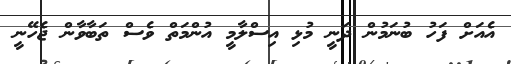
އެއަށް ފަހު ބުނަމުން ދަނީ މުޅި އިސްލާމީ އުންމަތް ވެސް ތަބާވާން ޖެހޭނީ